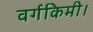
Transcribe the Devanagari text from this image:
वर्गकिमी।